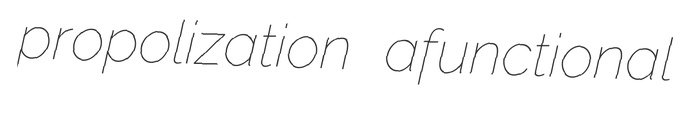
propolization afunctional